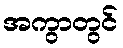
အကွာတွင်